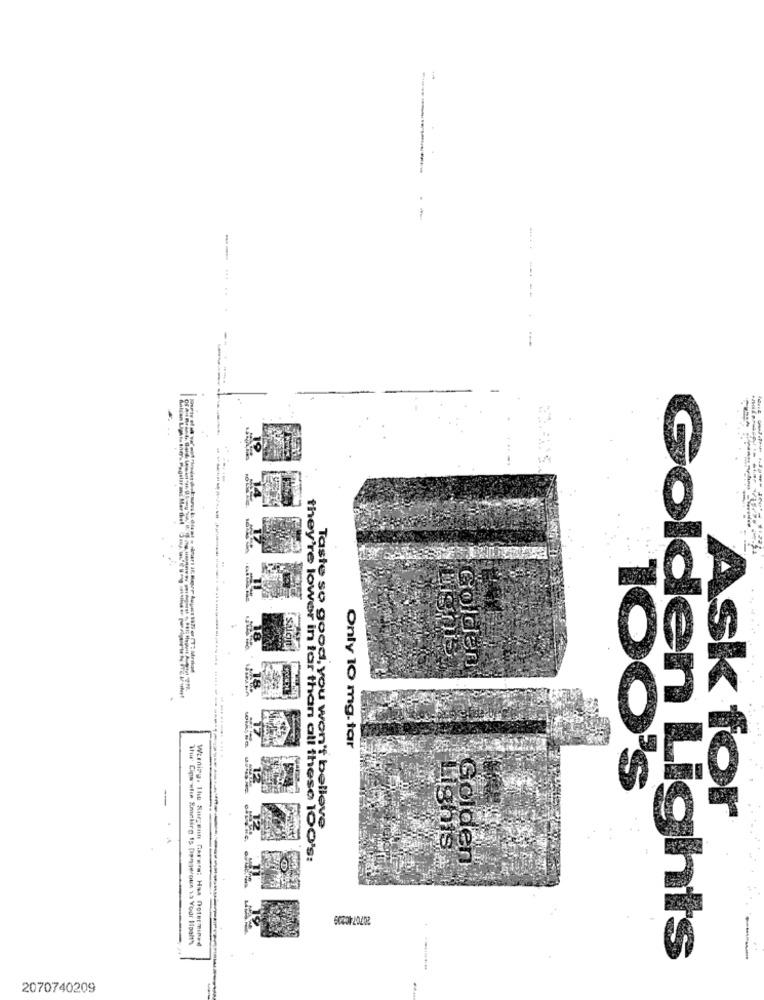
.-
--. ..
----
..
Salon
ignis
Golden
Only 10 mg.tar
-
100'S
Taste so good, you won't belleve
Ask for
they're lower in tar than all these 100's:
Helgen
Werning. The Surgeun narers: Haa noter
Thuw Cins when Smekirg 15 [lenge/oun is Voor Hoalth
Golden Lights
2070740209